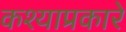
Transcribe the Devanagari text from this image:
कश्याप्रकारे